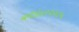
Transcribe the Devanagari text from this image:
कोड४१२२०५